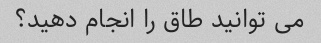
می توانید طاق را انجام دهید؟